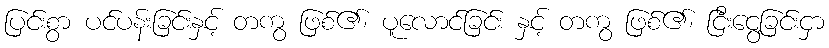
ပြင်းစွာ ပင်ပန်းခြင်းနှင့် တကွ ဖြစ်၏၊ ပူလောင်ခြင်း နှင့် တကွ ဖြစ်၏၊ ငြီးငွေ့ခြင်းငှာ